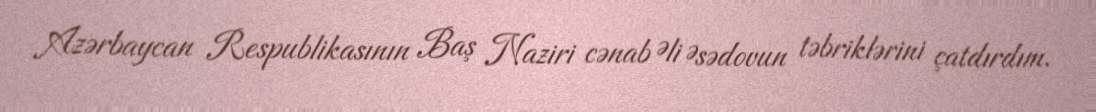
Azərbaycan Respublikasının Baş Naziri cənab Əli Əsədovun təbriklərini çatdırdım.